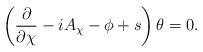
LaTeX: \begin{align*}\left(\frac{\partial}{\partial\chi}-i A_{\chi}-\phi+s\right) \theta=0.\end{align*}